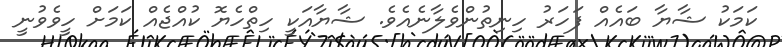
ކަމަކު ޝާޔާ ބައެއް ފަހަރު ހިނިތުންވެލާނެއެވެ. ޝާޔާއަކީ ހިތްހެޔޮ ކުއްޖެއް ކަމަށް ހީވެވުނީ